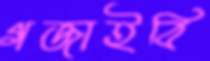
গজাইবি